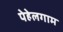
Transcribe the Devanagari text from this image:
पेहेलगाम